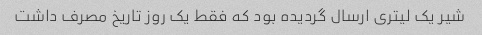
شیر یک لیتری ارسال گردیده بود که فقط یک روز تاریخ مصرف داشت